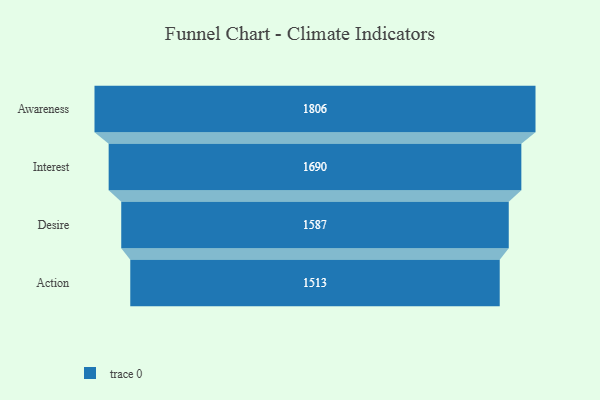
{"axis": {"x": "Stage", "y": "Value"}, "legend": [""], "data": [{"x": "Awareness", "y": 1806.0, "type": ""}, {"x": "Interest", "y": 1690.0, "type": ""}, {"x": "Desire", "y": 1587.0, "type": ""}, {"x": "Action", "y": 1513.0, "type": ""}]}